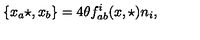
\{ x _ { a } \star , x _ { b } \} = 4 \theta f _ { a b } ^ { i } ( x , \star ) n _ { i } ,